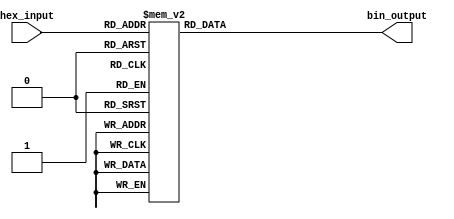
module hex_to_bin_encoder (
    input  wire [3:0] hex_input,  // 4-bit input for hexadecimal digit
    output reg  [3:0] bin_output   // 4-bit output for binary equivalent
);

// Combinational logic to convert hexadecimal input to binary output
always @(*) begin
    case (hex_input)
        4'b0000: bin_output = 4'b0000; // 0
        4'b0001: bin_output = 4'b0001; // 1
        4'b0010: bin_output = 4'b0010; // 2
        4'b0011: bin_output = 4'b0011; // 3
        4'b0100: bin_output = 4'b0100; // 4
        4'b0101: bin_output = 4'b0101; // 5
        4'b0110: bin_output = 4'b0110; // 6
        4'b0111: bin_output = 4'b0111; // 7
        4'b1000: bin_output = 4'b1000; // 8
        4'b1001: bin_output = 4'b1001; // 9
        4'b1010: bin_output = 4'b1010; // A (10)
        4'b1011: bin_output = 4'b1011; // B (11)
        4'b1100: bin_output = 4'b1100; // C (12)
        4'b1101: bin_output = 4'b1101; // D (13)
        4'b1110: bin_output = 4'b1110; // E (14)
        4'b1111: bin_output = 4'b1111; // F (15)
        default: bin_output = 4'b0000;  // Error handling: output all zeros for invalid input
    endcase
end

endmodule